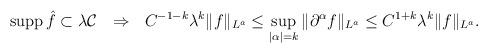
LaTeX: \begin{align*} \operatorname{supp}\hat{f}\subset\lambda\mathcal{C} \ \ \Rightarrow\ \ C^{-1-k}\lambda^{k}\|f\|_{L^{a}}\leq \sup_{|\alpha|=k}\|\partial^{\alpha}f\|_{L^{a}}\leq C^{1+k}\lambda^{k}\|f\|_{L^{a}}.\end{align*}